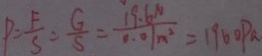
P = \frac { F } { S } = \frac { G } { S } = \frac { 1 9 . 6 N } { 0 . 0 1 m ^ { 2 } } = 1 9 6 0 P a